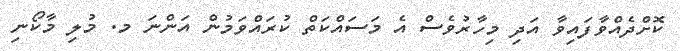
ކޮށްދެއްވާފައިވާ އަދި މިހާރުވެސް އެ މަސައްކަތް ކުރައްވަމުން އަންނަ މ. މުލި މާކޯނި